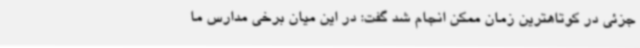
جزئی در کوتاهترین زمان ممکن انجام شد گفت: در این میان برخی مدارس ما